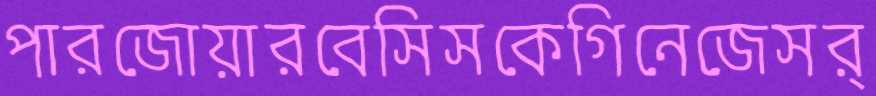
পারজোয়ারবেসিসকেগিনেজেসর্